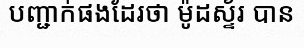
បញ្ជាក់ផងដែរថា ម៉ូដស្ទ័រ បាន